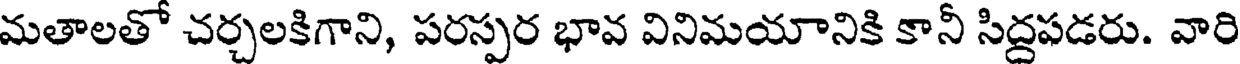
మతాలతో చర్చలకిగాని, పరస్పర భావ వినిమయానికి కానీ సిద్దపడరు. వారి